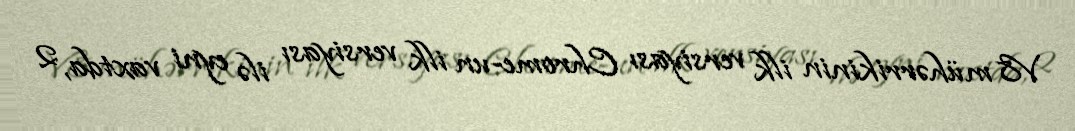
V8 mühərrikinin ilk versiyası Chrome-un ilk versiyası ilə eyni vaxtda, 2